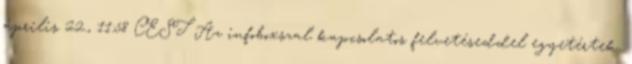
április 22., 11:58 CEST Az infoboxszal kapcsolatos felvetéseddel egyetértek.